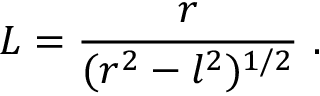
{ \cal L } = \frac { r } { ( r ^ { 2 } - l ^ { 2 } ) ^ { 1 / 2 } } \ .